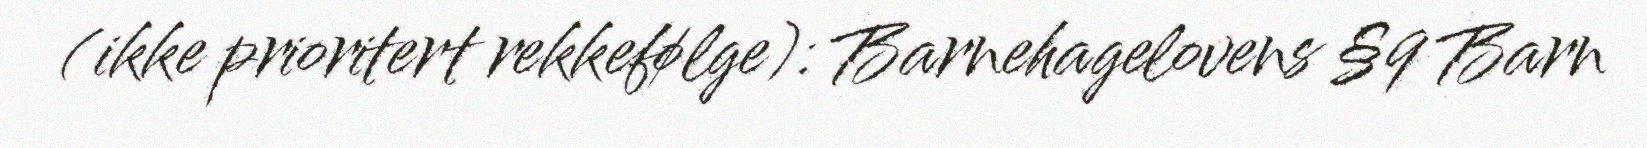
(ikke prioritert rekkefølge): Barnehagelovens §9 Barn